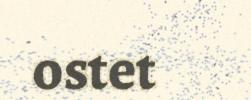
ostet